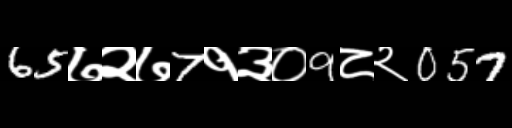
Text: 65७२७7१३०9८२057